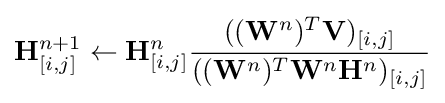
\mathbf {H} _{[i,j]}^{n+1}\leftarrow \mathbf {H} _{[i,j]}^{n}{\frac {((\mathbf {W} ^{n})^{T}\mathbf {V} )_{[i,j]}}{((\mathbf {W} ^{n})^{T}\mathbf {W} ^{n}\mathbf {H} ^{n})_{[i,j]}}}